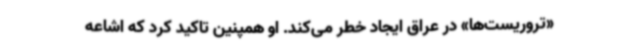
«تروریست‌ها» در عراق ایجاد خطر می‌کند. او همپنین تاکید کرد که اشاعه